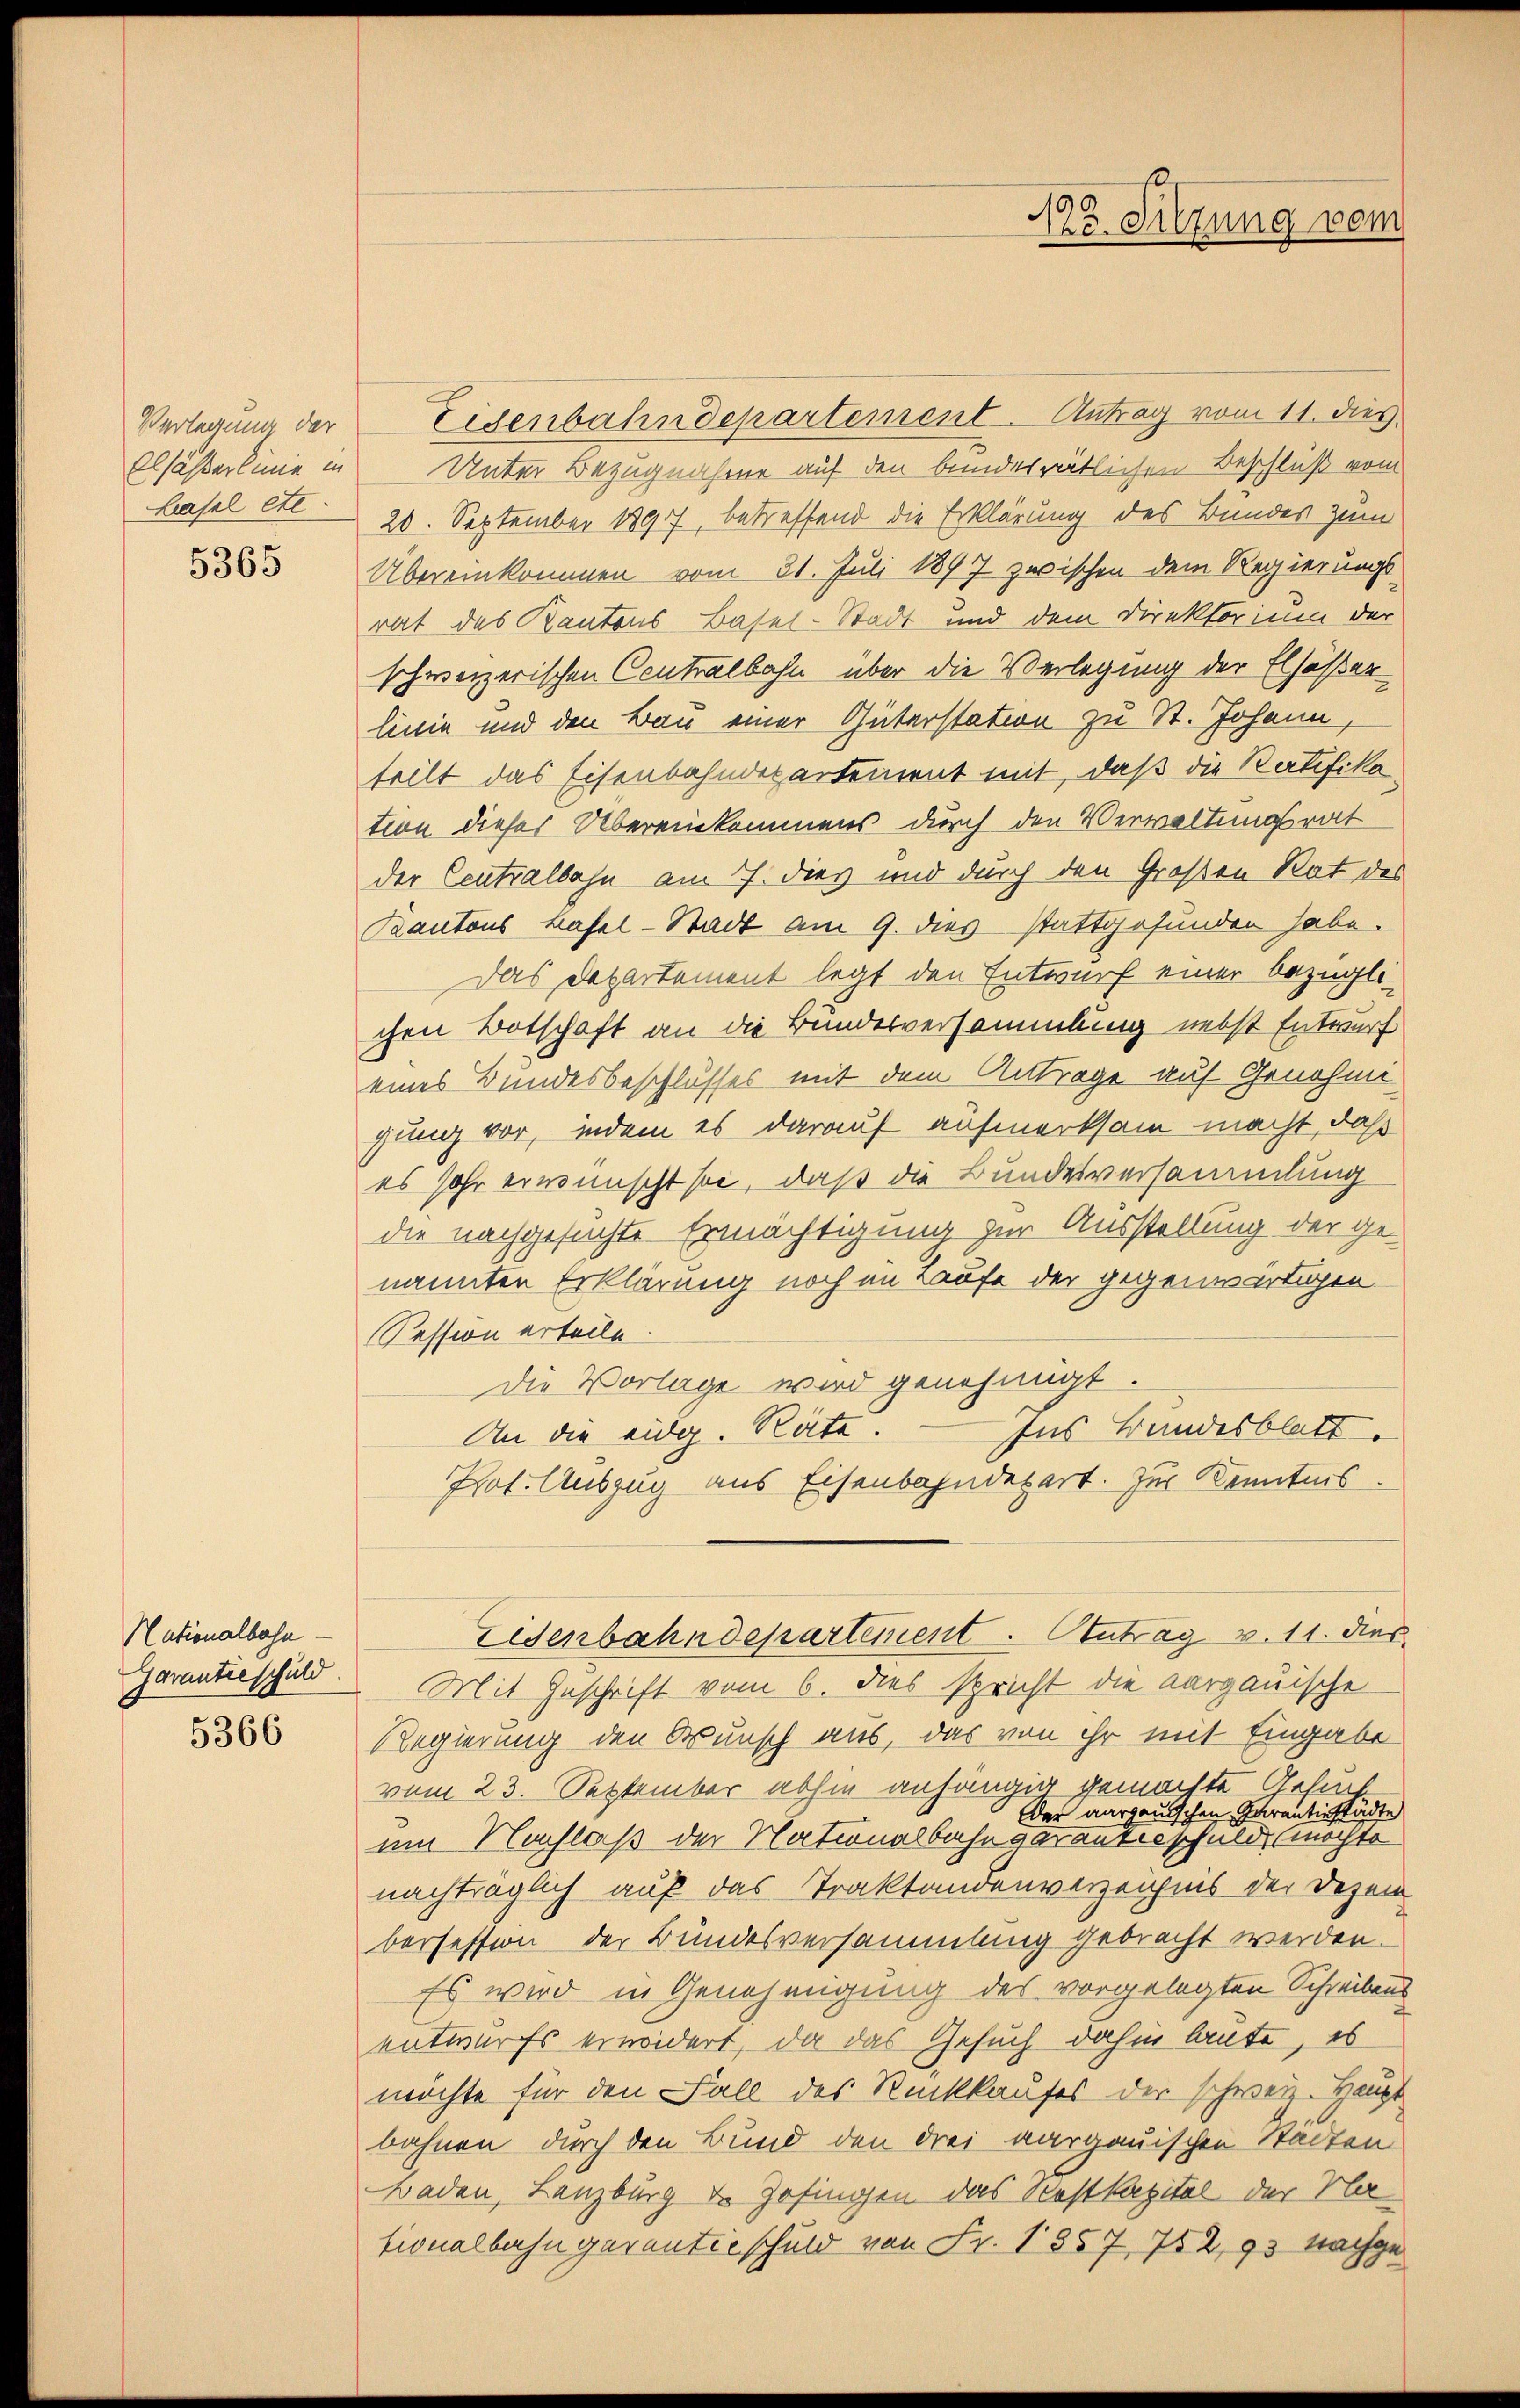
Verlegung der
Elsässerlinie in
Hasel etc.

5365

Nationalbahn
5366

Eisenbahndepartement. Antrag vom 11. dies
Unter Bezugnahme auf den bundesrätlichen Beschluß vom
20. September 1897, betreffend die Erklärung des Bundes zum
Übereinkommen vom 31. Juli 1897 zwischen dem Regierungs
rat des Kantons Basel-Stadt und dem Direktorium der
schweizerischen Contralbahn über die Verlegung der Elsaßen
linie und den Bau einer Güterstation zu St. Johann,
teilt das Eisenbahndepartement mit, daß die Ratifika
tion dieser Übereinkommens durch den Verwaltungsrat
der Centralbahn am 7. dies und durch den Großen Rat des
Kantons Basel-Stadt am 9. dies stattgefunden habe.
Das Departement legt den Entwurf einer bezüglichen Botschaft an die Bundesversammlung nebst Entwurf
eines Bundesbeschlusses mit dem Antrage auf Genehmi
gung vor, indem es darauf aufmerksam macht, daß
es sehr erwünscht sei, daß die Bundesversammlung
die nachgesuchte Ermächtigung zur Ausstellung der genannten Erklärung noch im Laufe der gegenwärtigen
Pession erteile.
Die Vorlage wird genehmigt.
Ins Bandesblatt
An die eidg. Räte.
Pot. Auszug aus Eisenbahndepart. Zur Kenntnis
Eisenbahndepartement. Antrag v. 11. dies
Garantieschuld. Mit Geschrift vom 6. dies spricht die aargauische
Regierung den Wunsch aus, das von ihr mit Eingabe
vom 23. September abhin anhängig gemachte Gehül
der aargauischen Garantinstädte
um Nachlaß der Nationalbahn daranterschuld möchte
nachträglich auf das Traktandenverzeichnis der Dezem
beosession der Bundesversammlung gebracht werden.
Es wird in Genehmigung des vorgelegten Schreibens
entwurfs erwidert, da das Gesuch dahin laute, es
möchte für den Fall des Rückkaufes der schweiz. Haupt
bahnen durch den Bund den drei aargauischen Stadten
Baden, Lenzburg v. Zofingen das Nestkapital der Nationalbahngerentieschuld von Fr. 1857, 752,93 Nachge

.
190
123. Sitzung vom